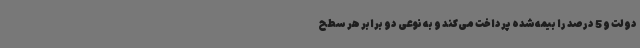
دولت و 5 درصد را بیمه‌شده پرداخت می‌کند و به نوعی دو برابر هر سطح